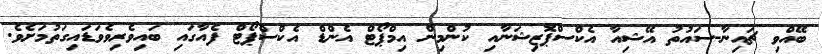
ބޭއްވި ޗައިނާ-ސައުތު އޭޝިއާ އެކްސްޕޮޒިޝަނާއި ކުންމިން އިމްޕޯޓް އެންޑް އެކްސްޕޯޓް ފެއާގައި ބައިވެރިވެވަޑައިގަތުމަށެވެ.